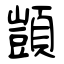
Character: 顗